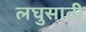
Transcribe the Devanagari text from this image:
लघुसाठी